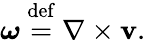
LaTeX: {\boldsymbol{\omega}}~{\stackrel{\mathrm{def}}{=}}~\nabla\times\mathbf{v}.